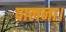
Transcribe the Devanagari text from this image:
पालना।